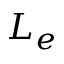
L _ { e }